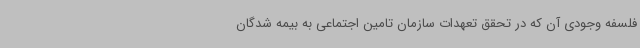
فلسفه وجودی آن که در تحقق تعهدات سازمان تامین اجتماعی به بیمه شدگان